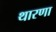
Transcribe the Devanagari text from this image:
थारणा